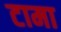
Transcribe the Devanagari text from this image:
टामा